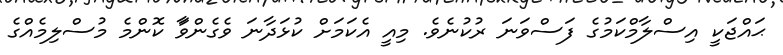
ޙައްޖަކީ އިސްލާމްކަމުގެ ފަަސްވަނަ ރުކުނެވެ. މިއީ އެކަމަށް ކުޅަދާނަ ވެގެންވަާ ކޮންމެ މުސްލިމެއްގެ